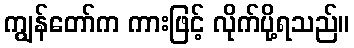
ကျွန်တော်က ကားဖြင့် လိုက်ပို့ရသည်။